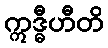
ဣဒ္ဓီဟီတိ